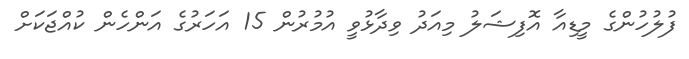
ފުލުހުންގެ މީޑިއާ އޮފިޝަލު މިއަދު ވިދާޅުވީ އުމުރުން 15 އަހަރުގެ އަންހެން ކުއްޖަކަށް